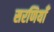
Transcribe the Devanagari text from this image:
सरणियाँ